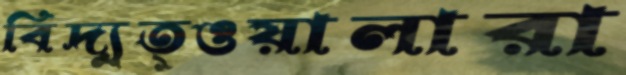
বিদ্যুত্ওয়ালারা